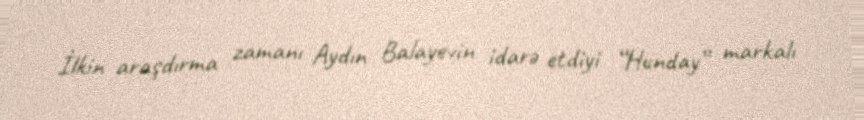
İlkin araşdırma zamanı Aydın Balayevin idarə etdiyi “Hunday” markalı